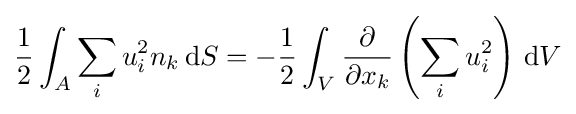
{\frac {1}{2}}\int _{A}\sum _{i}u_{i}^{2}n_{k}\,\mathrm {d} S=-{\frac {1}{2}}\int _{V}{\frac {\partial }{\partial x_{k}}}\left(\sum _{i}u_{i}^{2}\right)\,\mathrm {d} V